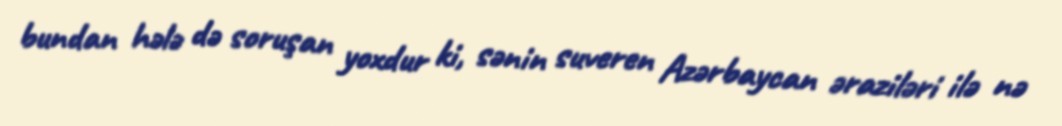
bundan hələ də soruşan yoxdur ki, sənin suveren Azərbaycan əraziləri ilə nə